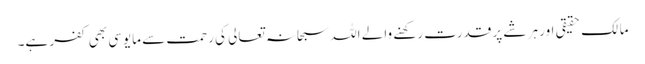
مالک حقیقی اور ہر شے پر قدرت رکھنے والے اللہ سبحانہ تعالی کی رحمت سے مایوسی بھی کفر ہے۔